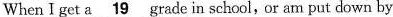
When I get a \underline{19} grade in scleol,ūr am put down by